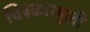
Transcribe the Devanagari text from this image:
चित्रकारपुली